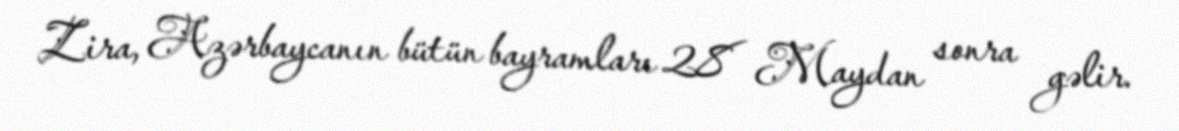
Zira, Azərbaycanın bütün bayramları 28 Maydan sonra gəlir.